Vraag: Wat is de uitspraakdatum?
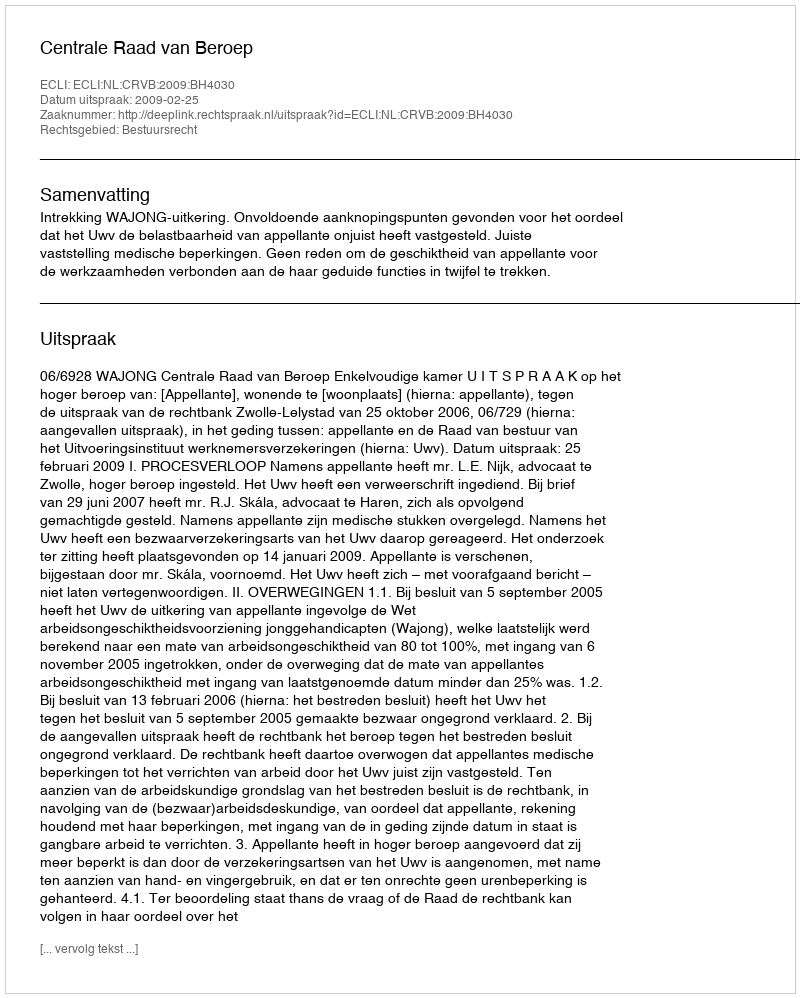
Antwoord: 2009-02-25